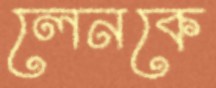
লেনকে